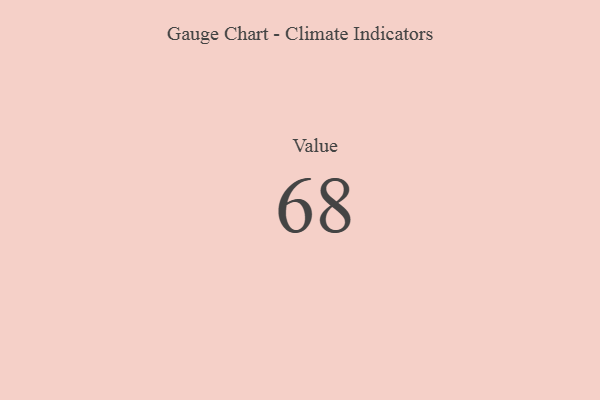
{"axis": {"x": "Metric", "y": "Value"}, "legend": [""], "data": [{"x": "Value", "y": 68, "type": ""}]}